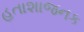
હતાશાજનક